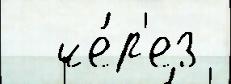
  че́р'ез